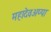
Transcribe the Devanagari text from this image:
महादेवअप्पा